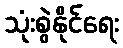
သုံးစွဲနိုင်ရေး